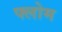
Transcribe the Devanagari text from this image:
फ्लोम